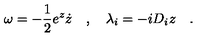
\omega = - \frac 1 2 e ^ { z } \dot { z } \quad , \quad \lambda _ { i } = - i D _ { i } z \quad .